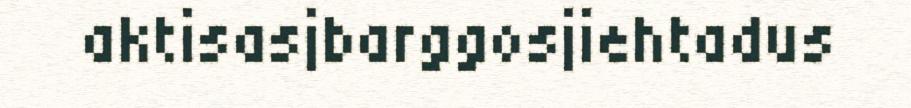
aktisasjbarggosjiehtadus